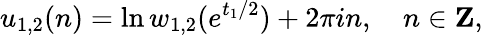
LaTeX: u_{1,2}(n)=\ln w_{1,2}(e^{t_{1}/2})+2\pi in,~~~~n\in{\mathbf Z},